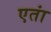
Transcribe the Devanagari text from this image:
एतां